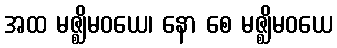
အထ မဇ္ဈိမဝယေ၊ နော စေ မဇ္ဈိမဝယေ